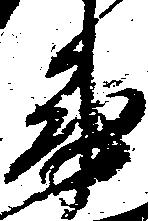
衛